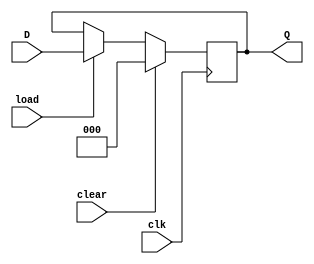
`timescale 1ns / 1ps

//Operation Register
module opReg(load, clear, clk, D, Q);
//inputs
input clear, clk, load;

//operation Code
input [2:0] D;
//output operation COde
output reg [2:0] Q;

always @ (posedge clk)
    //if clear the output will be 0
    if(clear)
        Q <= 0;
        //if load the output will be the input
    else if(load)
        Q <= D;
        
endmodule